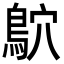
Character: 鴥